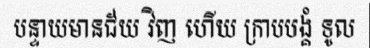
បន្ទាយមានជ័យ វិញ ហើយ ក្រាបបង្គំ ទូល